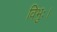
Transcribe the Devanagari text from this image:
विभुः।